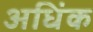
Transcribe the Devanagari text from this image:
अधिंक